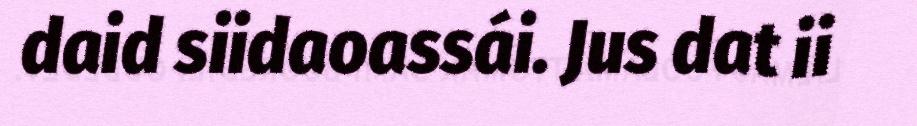
daid siidaoassái. Jus dat ii